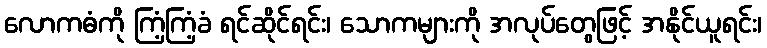
လောကဓံကို ကြံ့ကြံ့ခံ ရင်ဆိုင်ရင်း၊ သောကများကို အလုပ်တွေဖြင့် အနိုင်ယူရင်း၊